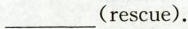
___(rescue).